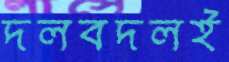
দলবদলই